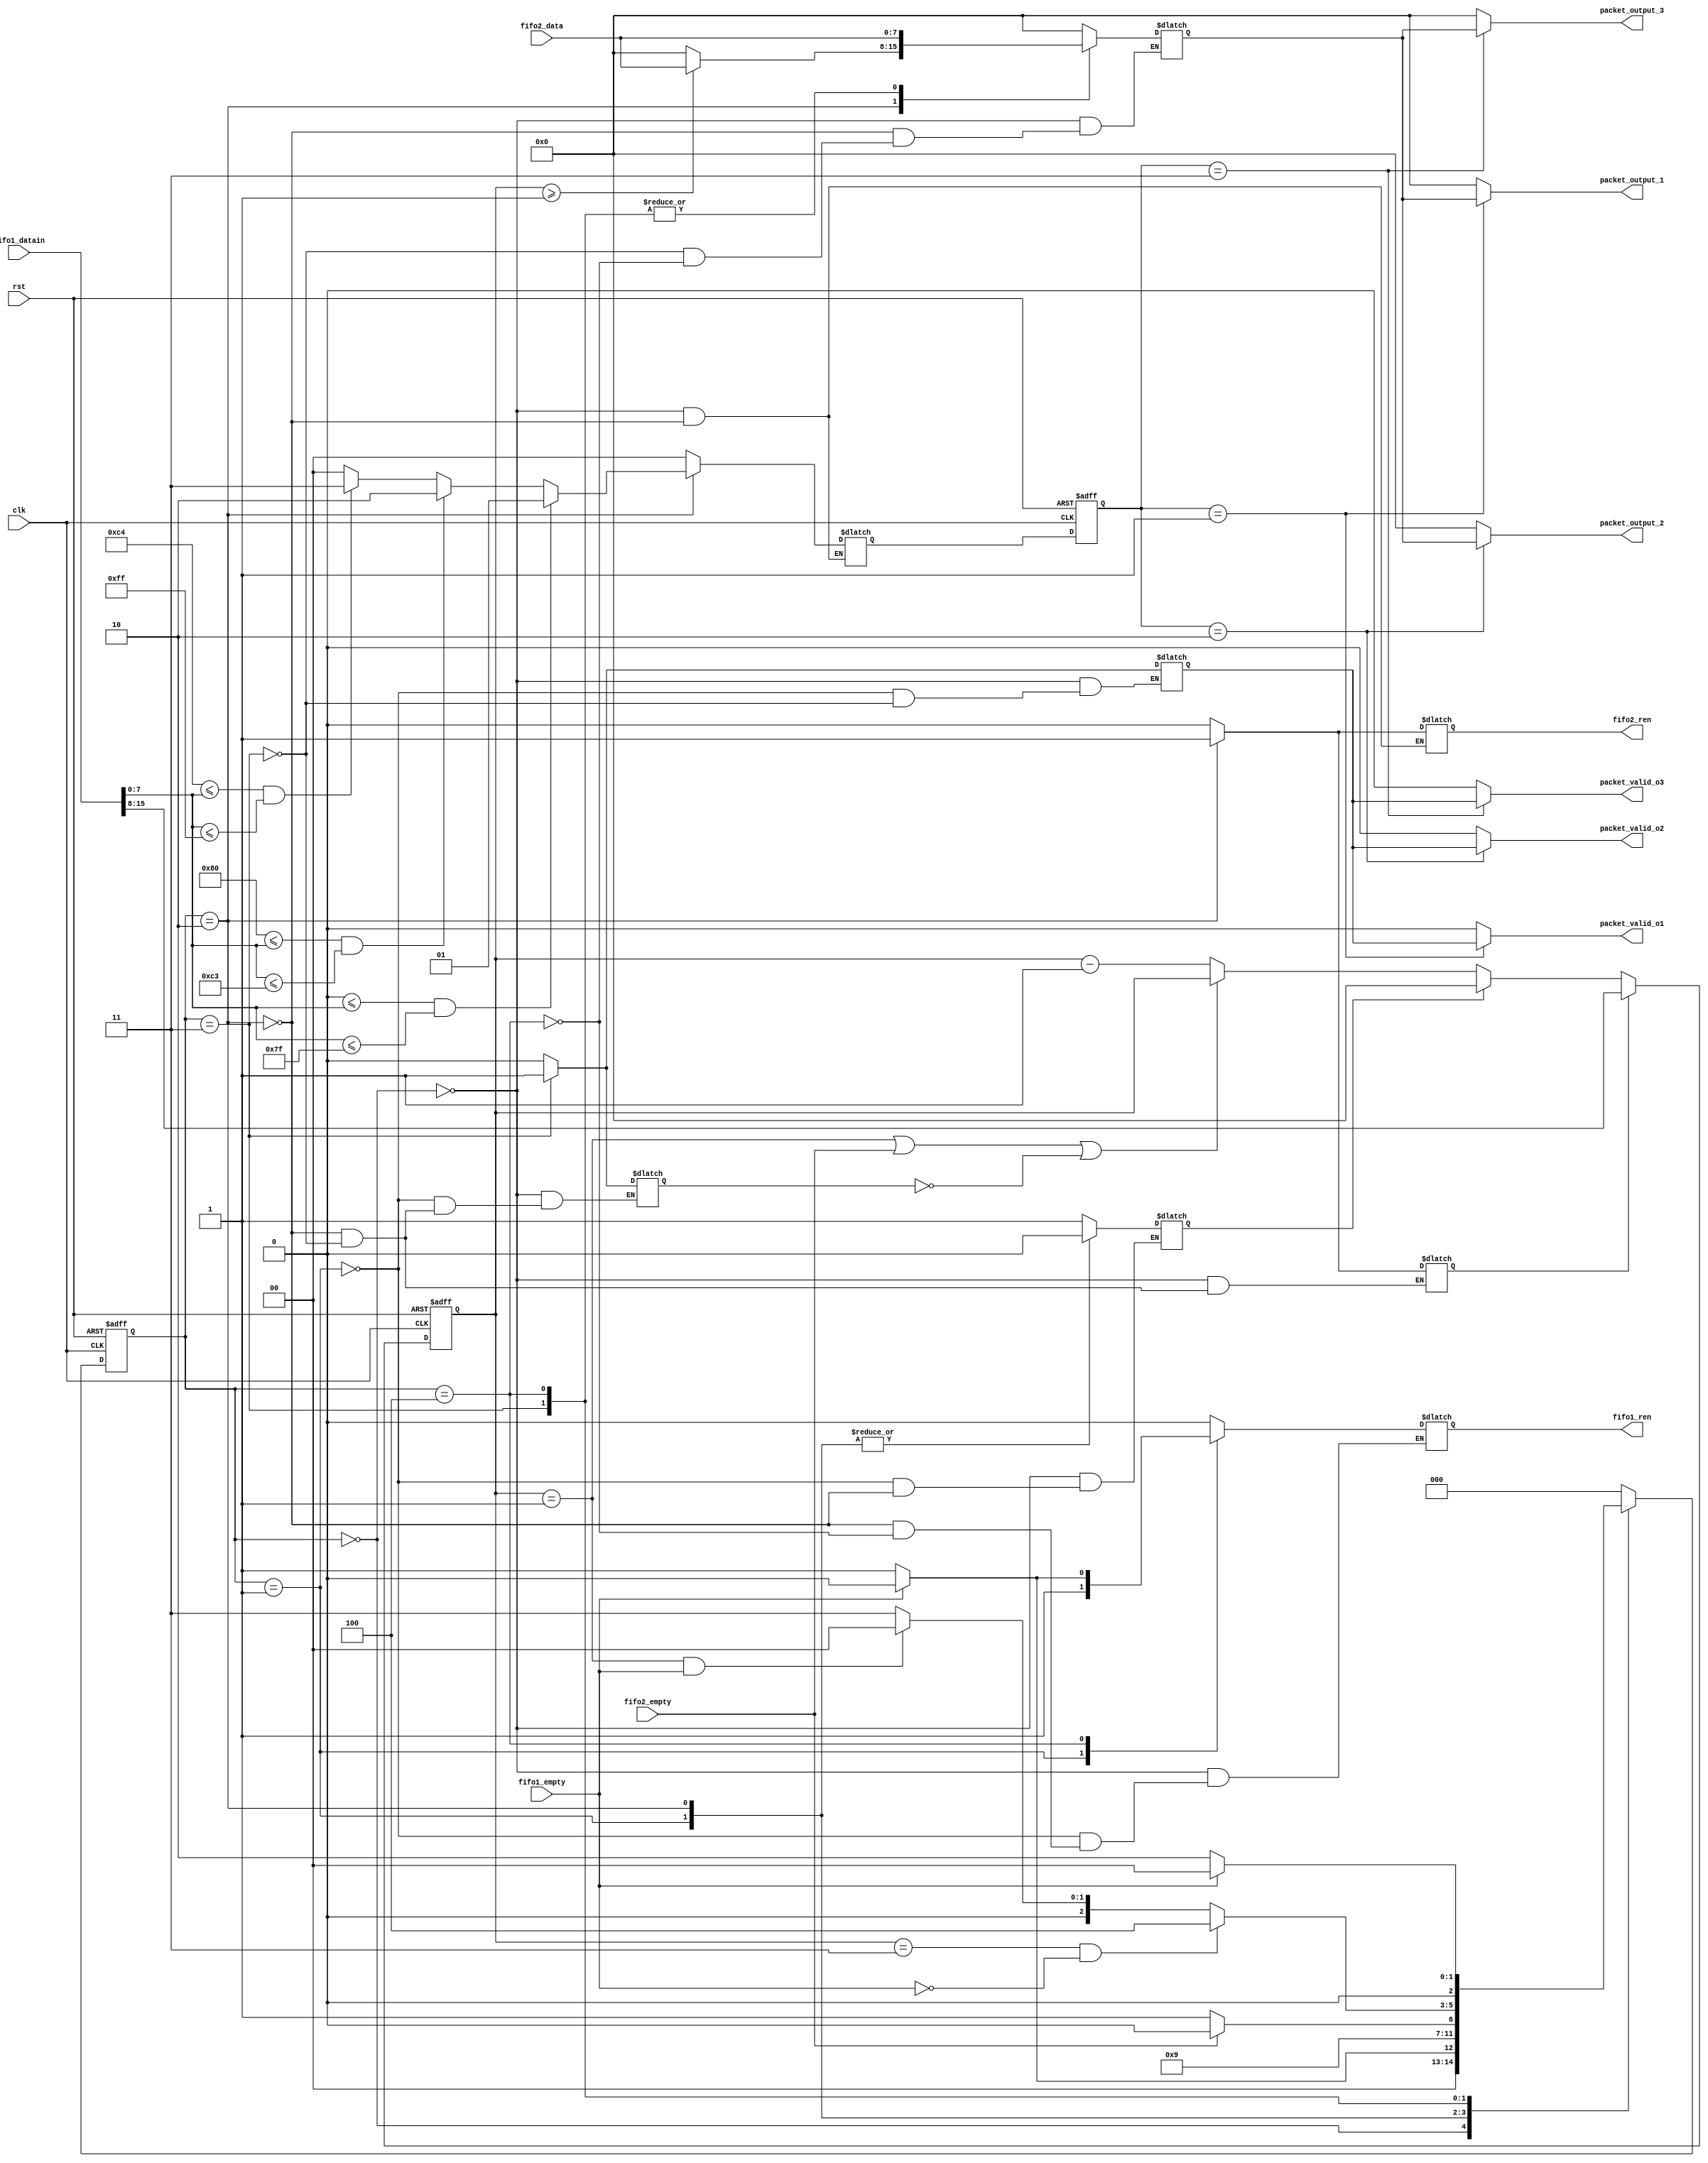
module read( 
input rst, 
input clk,
input fifo1_empty, 
input fifo2_empty,
input [15:0] fifo1_datain,
input [7:0] fifo2_data, 
output packet_valid_o1, 
output packet_valid_o2,
output packet_valid_o3,
output [7:0] packet_output_1,
output [7:0] packet_output_2, 
output [7:0] packet_output_3, 
output reg fifo1_ren, 
output reg fifo2_ren);

parameter [2:0] WAIT_FIFO1 = 3'b000; 
parameter [2:0] READ_FIFO1 = 3'b001;
parameter [2:0] DECODE_FIFO1 = 3'b010;
parameter [2:0] READ_PACKET_DATA = 3'b011;
parameter [2:0] READ_NEXT_FIFO1 = 3'b100;

wire done;
reg load_packet_count, clear_packet_count, packet_valid, packet_dec_en;
reg [1:0] select_output, select_output_reg;
reg[7:0] temp_packet_data;
reg [2:0] cs, ns;
reg [7:0] packet_counter;

assign done = (packet_counter == 1);
assign packet_output_1 = (select_output_reg == 1)? temp_packet_data : 0;
assign packet_output_2 = (select_output_reg == 2)? temp_packet_data : 0;
assign packet_output_3 = (select_output_reg == 3)? temp_packet_data : 0;
assign packet_valid_o1 = (select_output_reg == 1)? packet_valid : 0;
assign packet_valid_o2 = (select_output_reg == 2)? packet_valid : 0;
assign packet_valid_o3 = (select_output_reg == 3)? packet_valid : 0;

always @ (posedge clk or posedge rst) begin
	if (rst == 1)
		cs <= WAIT_FIFO1;
	else
		cs <= ns;
end
always @ (posedge clk or posedge rst) begin
	if (rst == 1)
		select_output_reg <= 0;
	else
		select_output_reg <= select_output;
end
always@(posedge clk or posedge rst) begin
	if(rst) begin
		packet_counter <= 0;
	end
	else begin
		if(load_packet_count) begin
			packet_counter <= fifo1_datain[15:8];
		end
		else if(clear_packet_count == 1) begin
			packet_counter <=0;
		end
		else if ((packet_counter ==1) || (fifo2_empty == 1) || (packet_dec_en == 0)) begin
			packet_counter <= packet_counter;
		end
		else
			packet_counter <= packet_counter -1;
	end
end
always @(fifo1_empty, fifo2_empty, done, cs, fifo1_datain, packet_counter, 
fifo2_data) begin
	case(cs)
		WAIT_FIFO1 : begin
			fifo1_ren =0;
			load_packet_count =0;
			packet_dec_en =0;
			temp_packet_data =0;
			select_output=0;
			clear_packet_count =1;
			packet_valid = 0;
			fifo2_ren = 0;
			if(fifo1_empty == 0)
				ns <= READ_FIFO1;
			else 
				ns <= WAIT_FIFO1;
		end
		READ_FIFO1: begin
			clear_packet_count =0;
			packet_dec_en = 0;
			packet_valid = 0;
			fifo1_ren = 1;
			ns <= DECODE_FIFO1;
		end
		DECODE_FIFO1 : begin
			fifo1_ren = 0;
			fifo2_ren = 1;
			clear_packet_count =0;
			load_packet_count = 1;
			packet_dec_en =0;
			if(0 <= fifo1_datain[7:0] && fifo1_datain[7:0] <= 127)
				select_output = 1;
			else if( 128 <= fifo1_datain[7:0] && fifo1_datain[7:0] <= 195)
				select_output = 2;
			else if( 196 <= fifo1_datain[7:0] && fifo1_datain[7:0] <=255)
				select_output = 3;
			else
				select_output = 0;
			if(fifo2_empty == 1)
				ns <= DECODE_FIFO1;
			else 
				ns <= READ_PACKET_DATA;
			if(packet_counter >= 1)
				temp_packet_data = fifo2_data;
			else
				temp_packet_data = 0;
		end
		READ_PACKET_DATA : begin
			load_packet_count = 0;
			packet_dec_en = 1;
			packet_valid = 1;
			temp_packet_data = fifo2_data;
			if(packet_counter == 3 & fifo1_empty == 0)
				ns <= READ_NEXT_FIFO1;
			else if(done == 1 && fifo1_empty == 1)
				ns <= WAIT_FIFO1;
			else
				ns <= READ_PACKET_DATA;
		end
		READ_NEXT_FIFO1: begin
			temp_packet_data = fifo2_data;
			if(fifo1_empty == 0) 
				fifo1_ren = 1;
			else
				fifo1_ren = 0;
			if(fifo1_empty == 0)
				ns <= DECODE_FIFO1;
			else
				ns <= WAIT_FIFO1;
			end 
		default : ns <= WAIT_FIFO1;
	endcase
end
endmodule